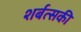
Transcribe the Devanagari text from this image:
शर्बत्सकी